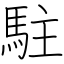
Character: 駐